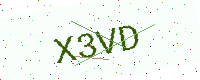
Text: X3VD